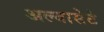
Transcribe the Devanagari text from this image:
अल्बासेटे